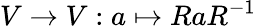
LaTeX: V\to V:a\mapsto RaR^{-1}